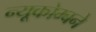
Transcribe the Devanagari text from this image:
न्यूकोम्बने